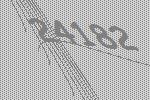
24182